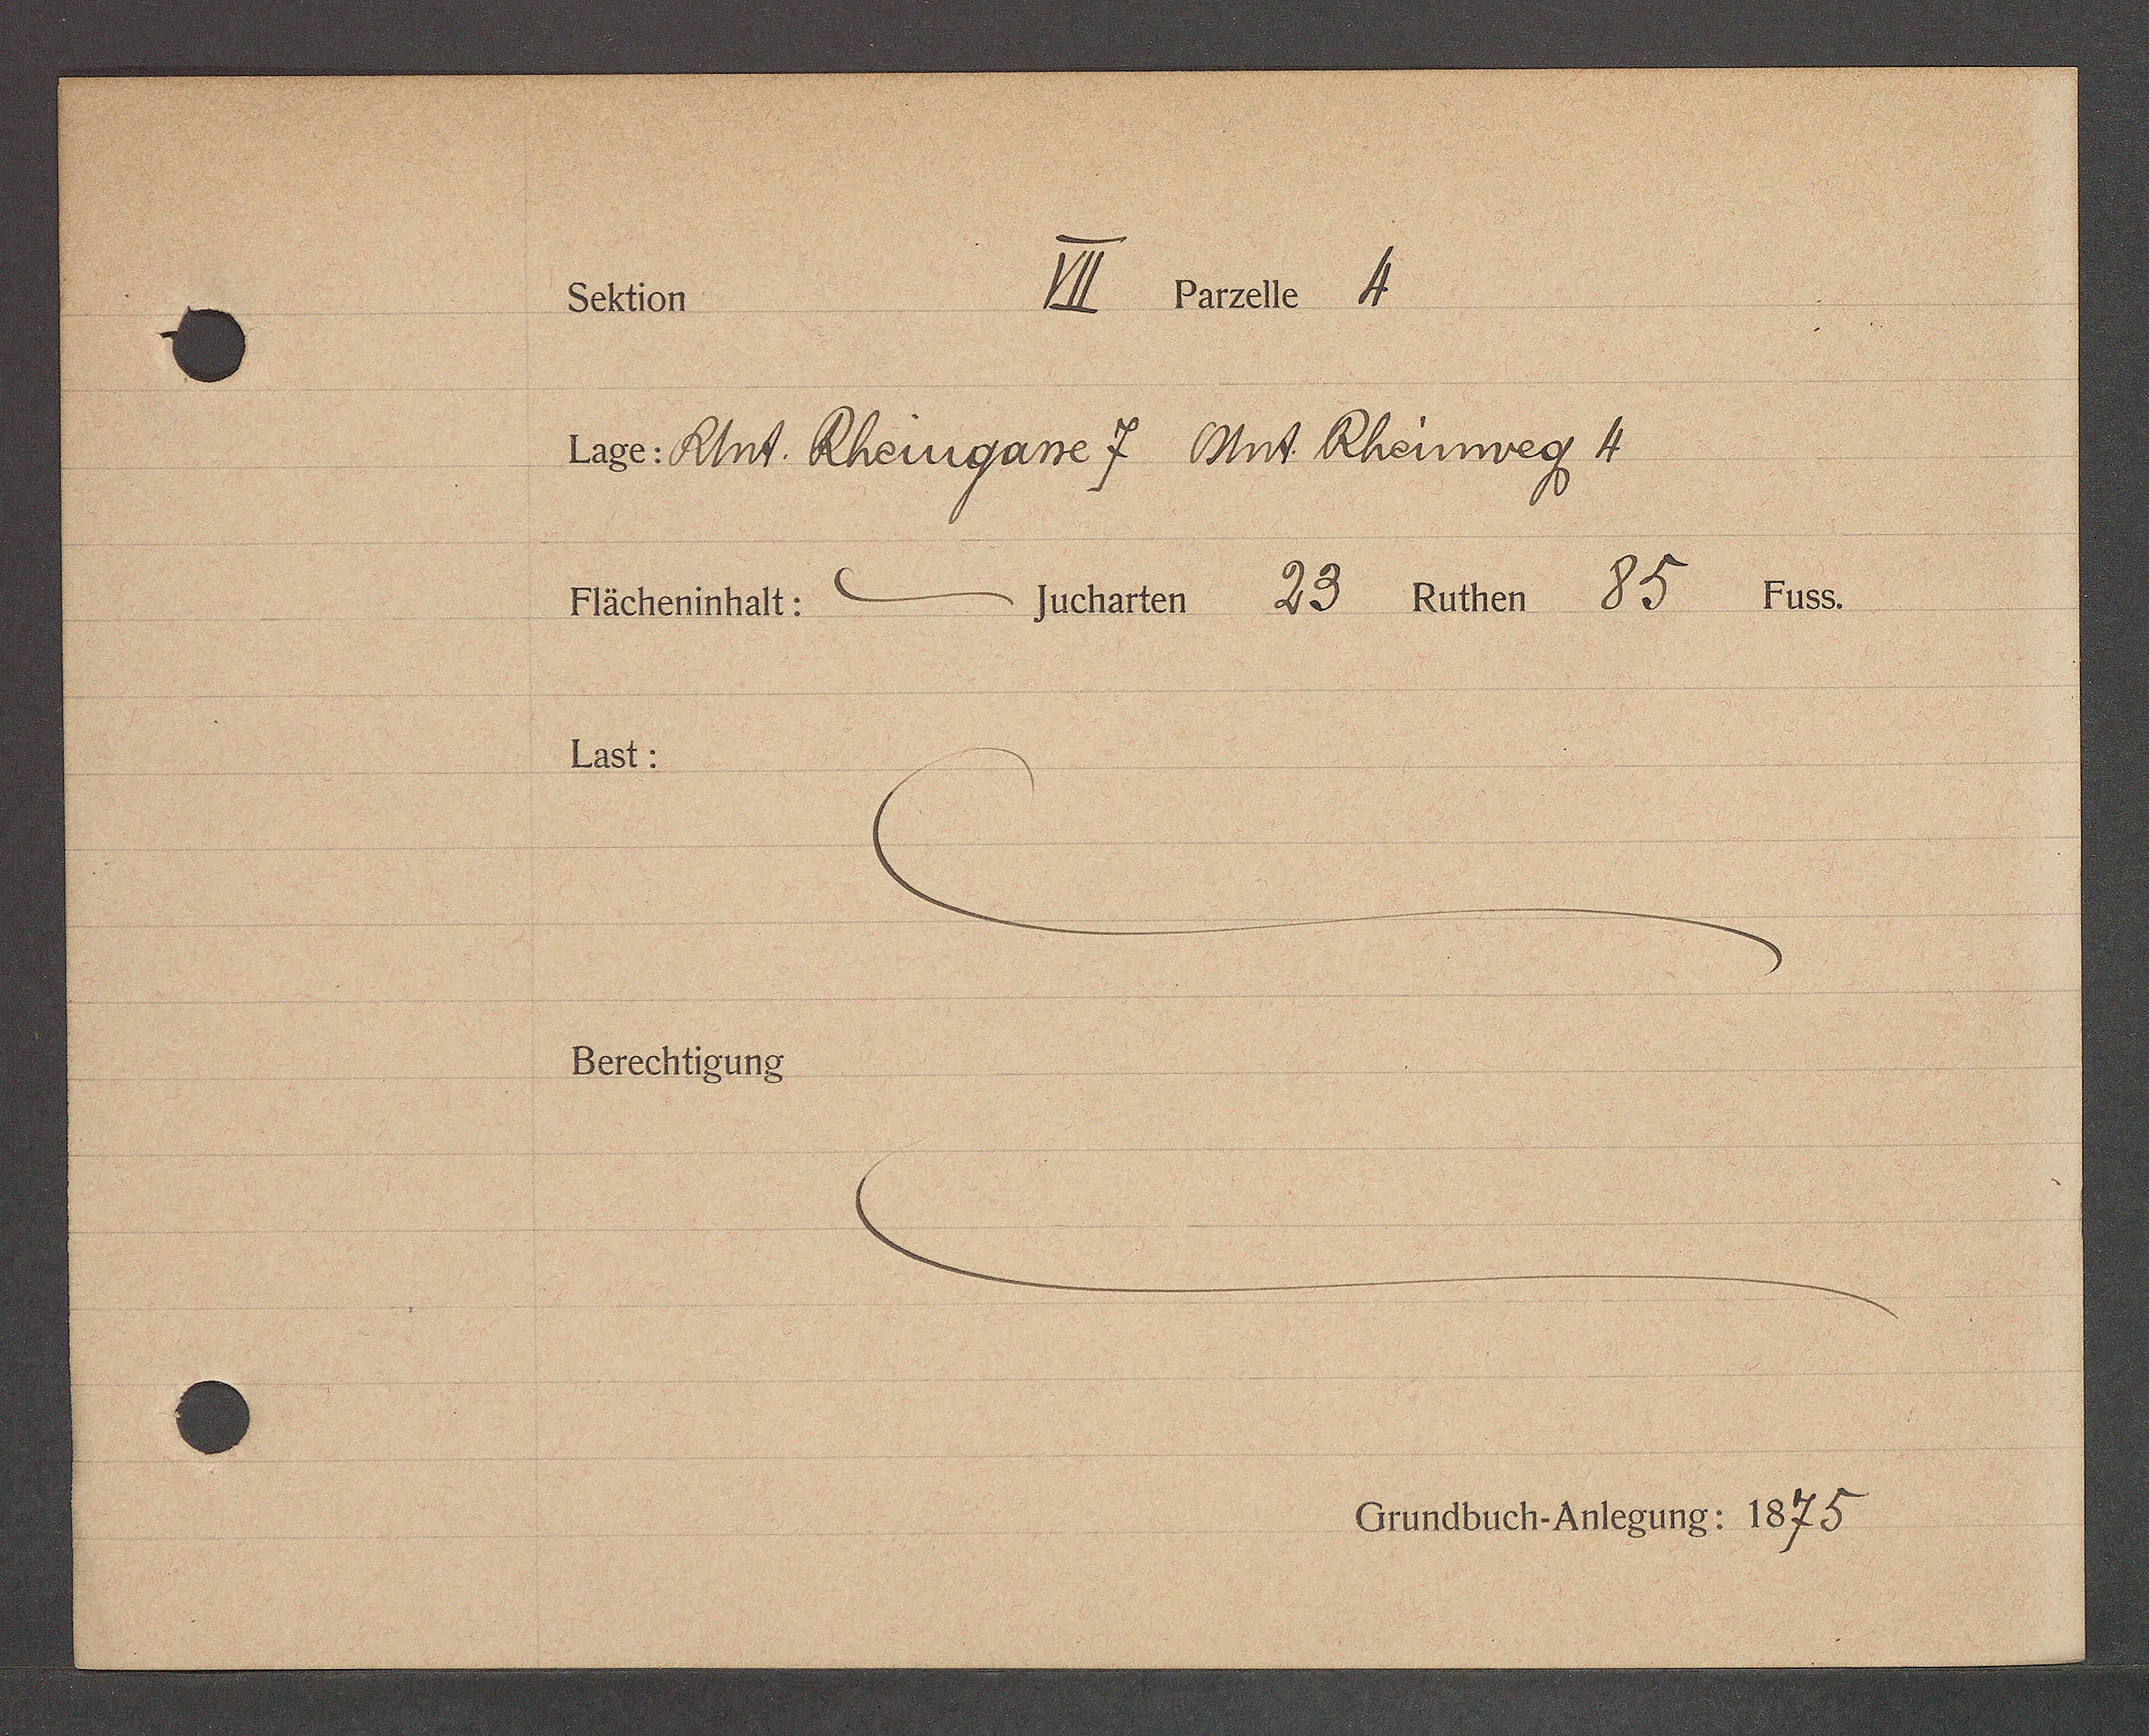
Transcript:
I Pte 1
Sektion
Lage: Uhnt. Rheingane 7 Ahrt Rheinweg 1
Jucharten 83 Ruthen 85 Fuss.
Flächeninhalt:
Last:
Berechtigung
Grundbuch-Anlegung: 1875